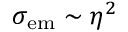
\sigma _ { \mathrm { e m } } \sim \eta ^ { 2 }